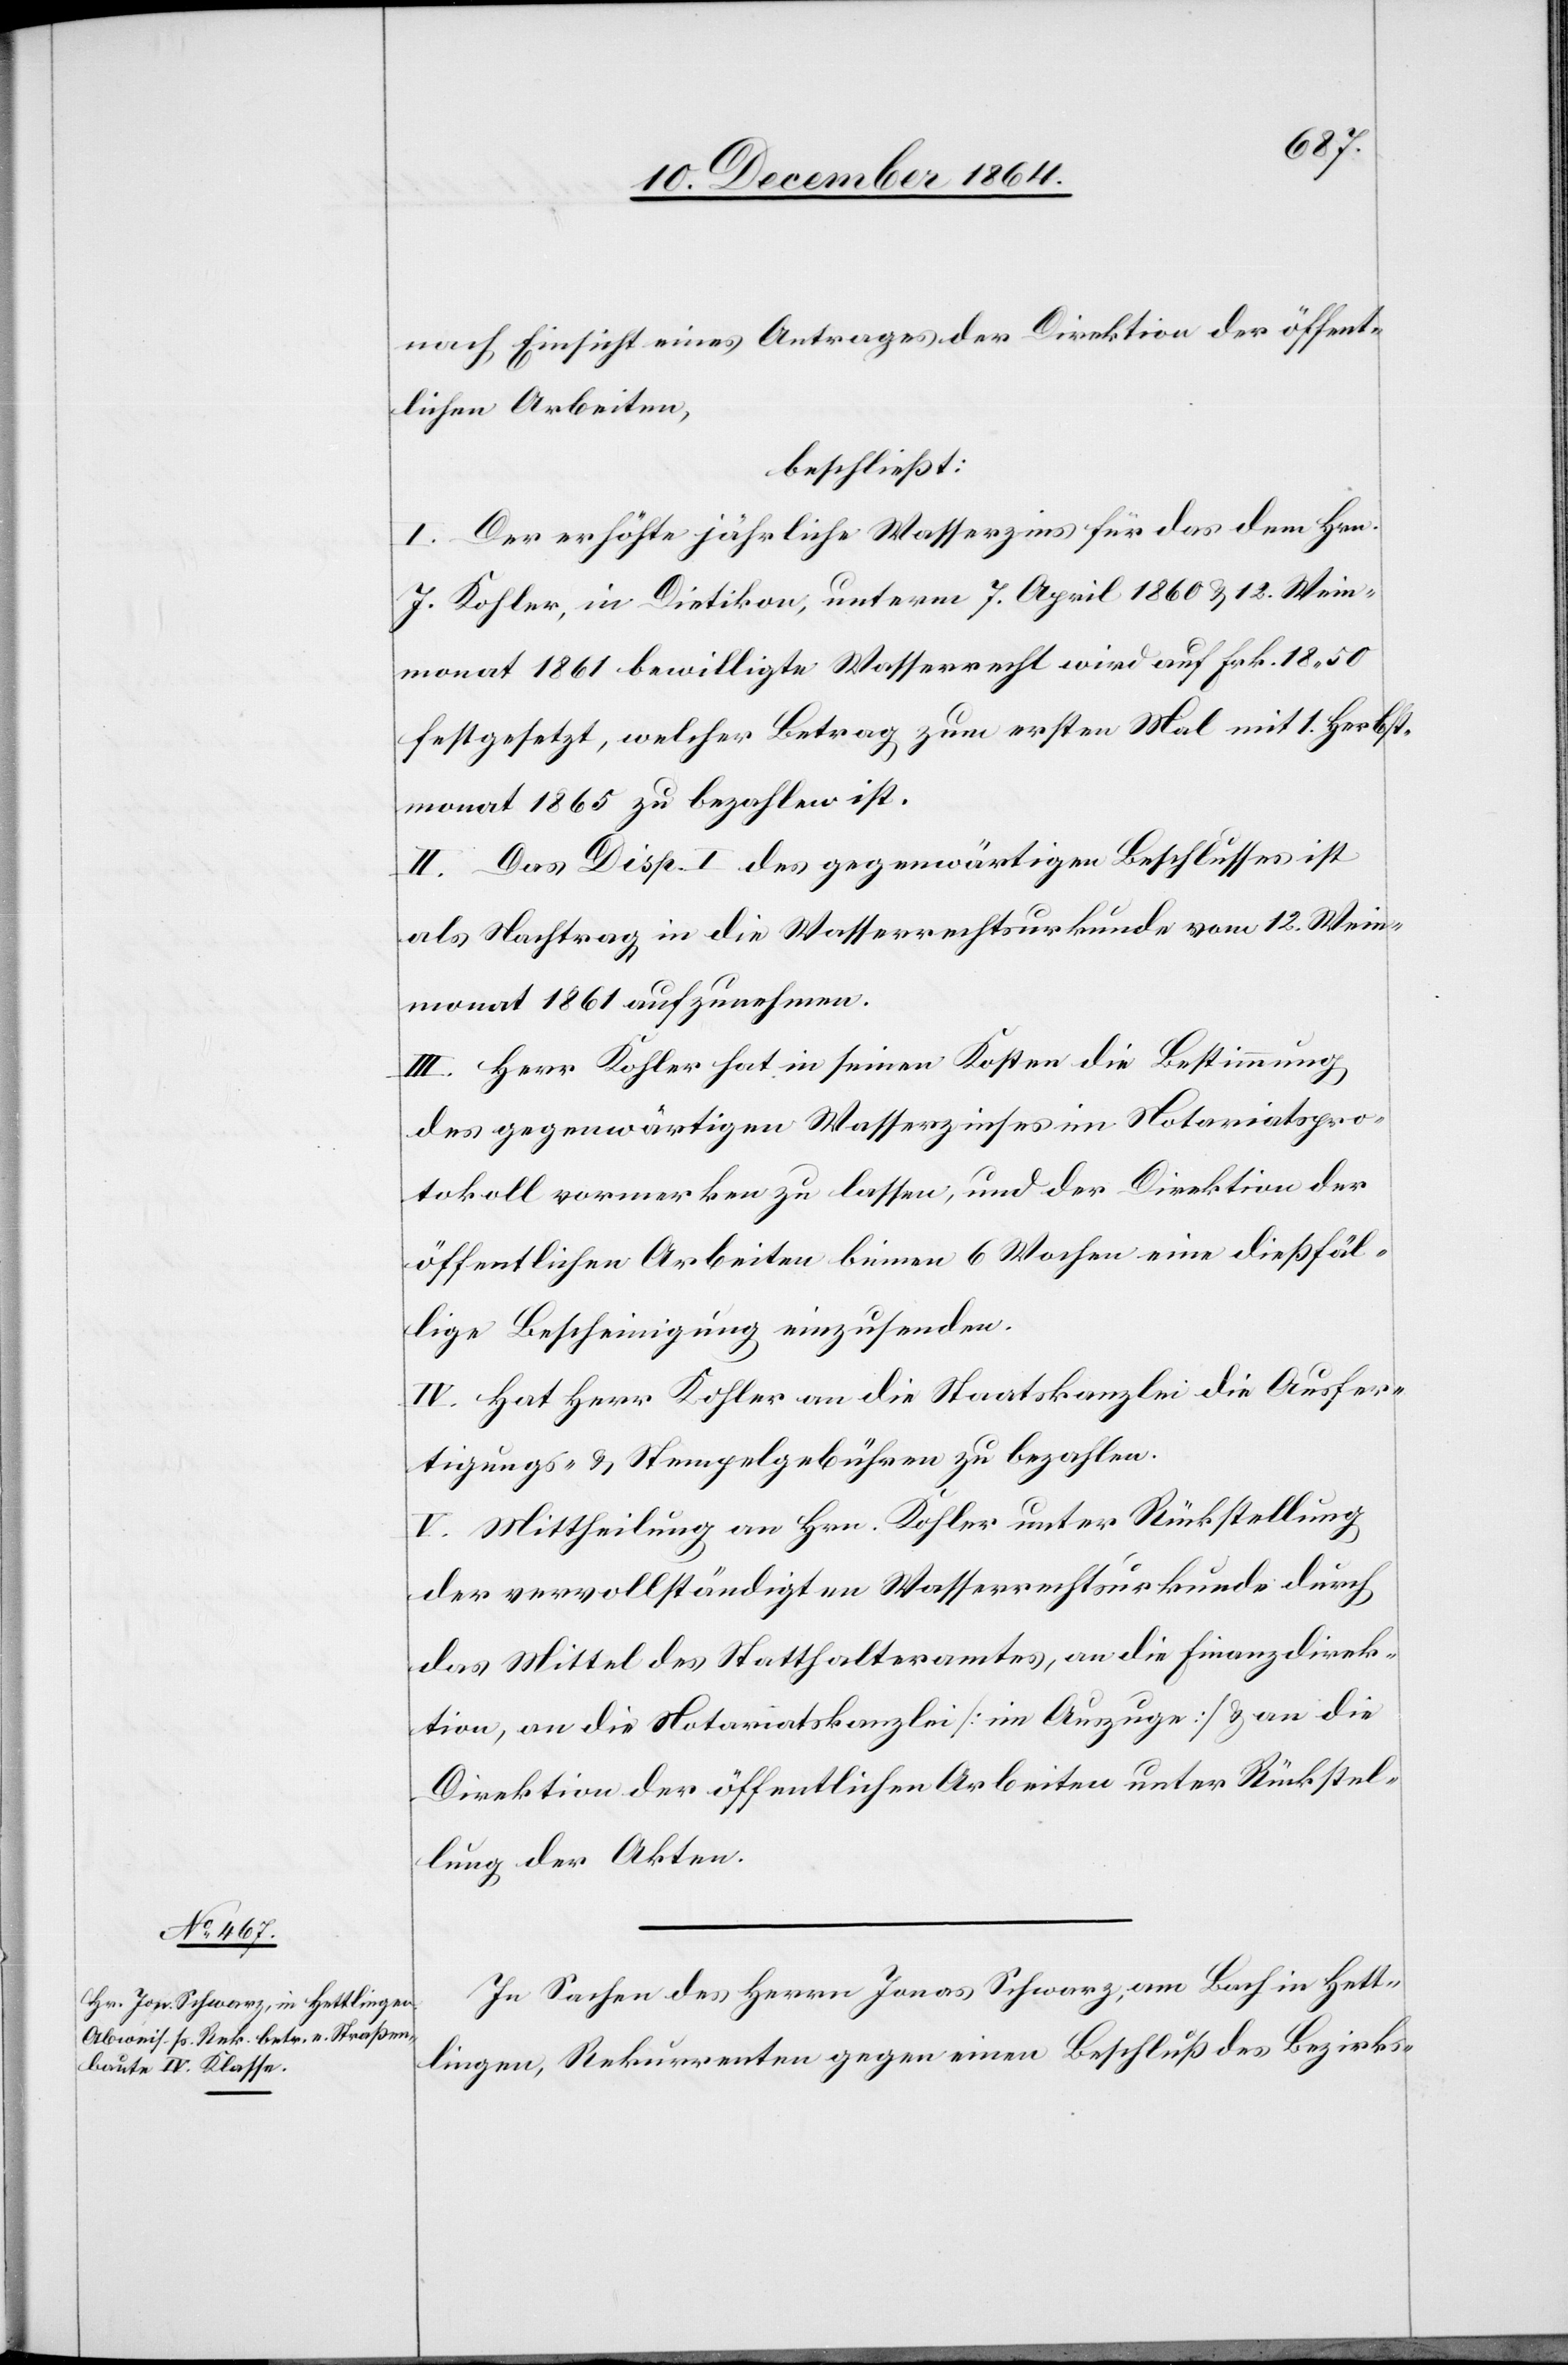
nach Einsicht eines Antrages der Direktion der öffent¬
lichen Arbeiten,
beschließt:
I. Der jährliche Wasserzins für das dem Hrn.
J. Kohler, in Dietikon, unterm 7. April 1860 & 12. Wein¬
monat 1861 bewilligte Wasserrecht wird auf Frk. 18.50
festgesetzt, welcher Betrag zum ersten Mal mit 1. Herbst¬
monat 1865 zu bezahlen ist.
II. Das Disp. I des gegenwärtigen Beschlusses ist
als Nachtrag in die Wasserrechtsurkunde vom 12. Wein¬
monat 1861 aufzunehmen.
III. Herr Kohler hat in seinen Kosten die Bestimmung
des gegenwärtigen Wasserzinses im Notariatspro¬
tokoll vormerken zu lassen, und der Direktion der
öffentlichen Arbeiten binnen 6 Wochen eine dießfäl¬
lige Bescheinigung einzusenden.
IV. Hat Herr Kohler an die Staatskanzlei die Ausfer¬
tigungs- & Stempelgebühren zu bezahlen.
V. Mittheilung an Hrn. Kohler unter Rückstellung
der vervollständigten Wasserrechtsurkunde durch
das Mittel des Statthalteramtes, an die Finanzdirek¬
tion, an die Notariatskanzlei [im Auszuge] & an die
Direktion der öffentlichen Arbeiten unter Rückstel¬
lung der Akten.
In Sachen des Herrn Jonas Schwarz, am Bach in Hett¬
lingen, Rekurrenten gegen einen Beschluß des Bezirks-